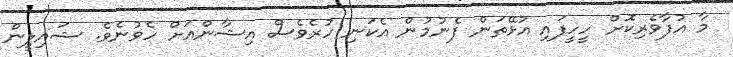
މާ އުފާވެރިކޮށް ހީހީފައި އުޅޭތަން ފެނުމުން އެކަނި ހުރެވެސް އިޝާންއަށް ހެވުނެވެ. ޝައިލީން